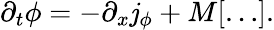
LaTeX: \partial_{t}\phi=-\partial_{x}\mathit{j}_{\phi}+M[\ldots].